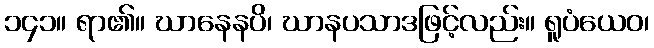
၁၄၁။ ရာ၏။ ဃာနေနပိ၊ ဃာနပသာဒဖြင့်လည်း။ ရူပံယေဝ၊